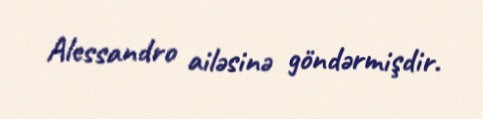
Alessandro ailəsinə göndərmişdir.